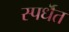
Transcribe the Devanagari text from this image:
स्पर्धॆत